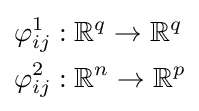
{\begin{aligned}\varphi _{ij}^{1}:{}&\mathbb {R} ^{q}\to \mathbb {R} ^{q}\\\varphi _{ij}^{2}:{}&\mathbb {R} ^{n}\to \mathbb {R} ^{p}\end{aligned}}